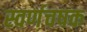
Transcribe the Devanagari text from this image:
स्वर्णचषक